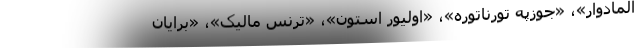
آلمادوار»، «جوزپه تورناتوره»، «اولیور استون»،‌ «ترنس مالیک‌»، «برایان